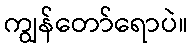
ကျွန်တော်ရောပဲ။